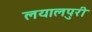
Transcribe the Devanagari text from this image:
लयालपुरी